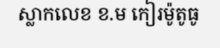
ស្លាកលេខ ខ.ម កៀរម៉ូតូធូ